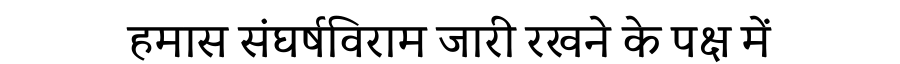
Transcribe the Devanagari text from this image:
हमास संघर्षविराम जारी रखने के पक्ष में